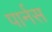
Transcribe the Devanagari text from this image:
पार्नस